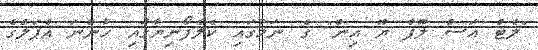
"ލެޓް އަސް ލޫޕް ޔޫ އިން" ގެ ނަމުގައި ކެލެފޯނިޔާގައި ހުންނަ އެޕަލްގެ